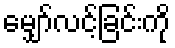
မျှော်လင့်ခြင်းကို